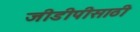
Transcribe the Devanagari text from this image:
जीडीपीसाठी